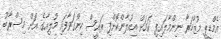
އެމްޑީޕީ މުޒާހަރާ ނިންމާލައިފި ކަމަށް އިއުލާންކޮށްފި ރައީސް ހިންގަވާފައި މުލިއާގެ އަށް މިސްރާބު